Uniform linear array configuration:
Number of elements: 64
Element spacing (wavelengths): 0.75
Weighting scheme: blackman
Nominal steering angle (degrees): -15
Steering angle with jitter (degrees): -13.899
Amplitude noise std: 0.05
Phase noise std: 0.05

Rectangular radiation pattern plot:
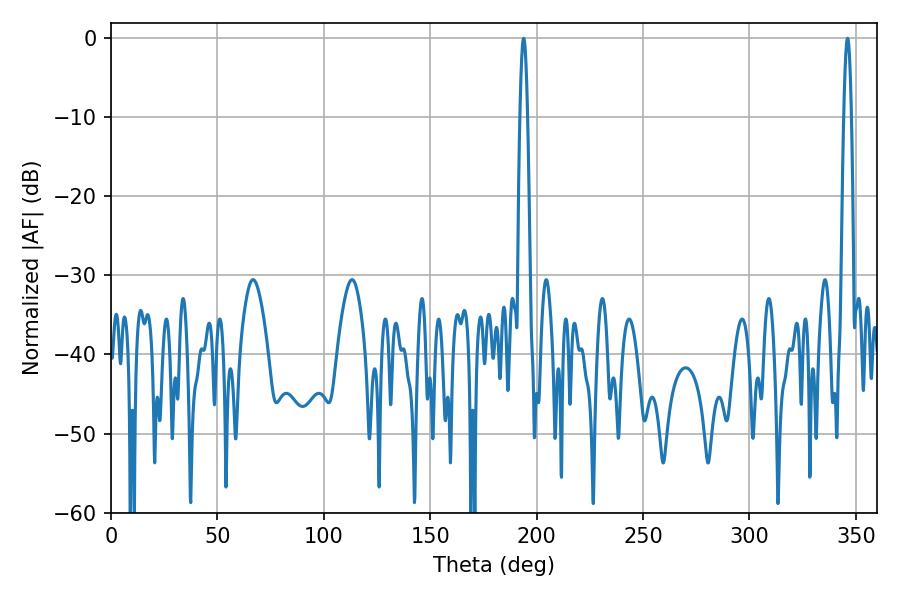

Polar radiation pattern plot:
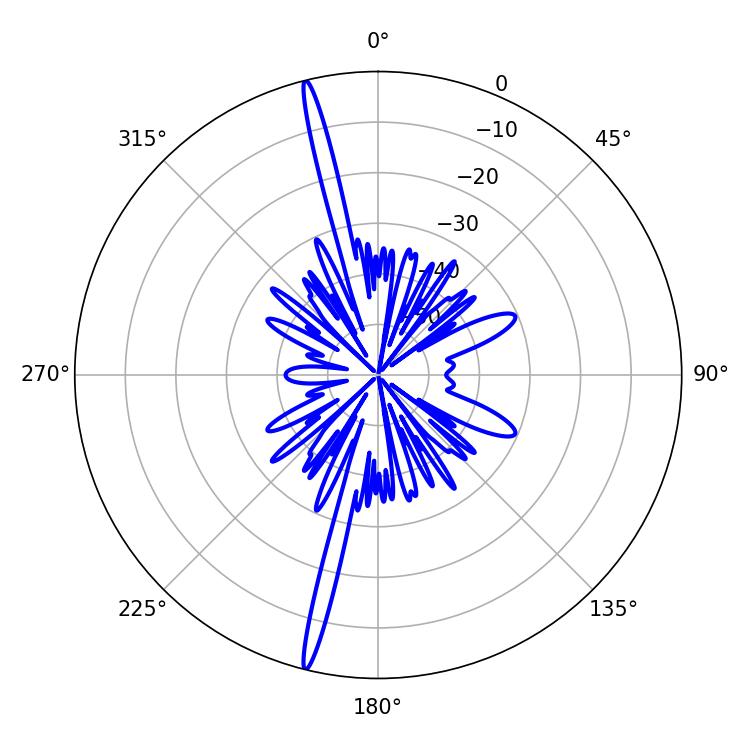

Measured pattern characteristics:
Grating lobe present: TRUE
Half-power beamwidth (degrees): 1.8
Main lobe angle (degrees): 346.14